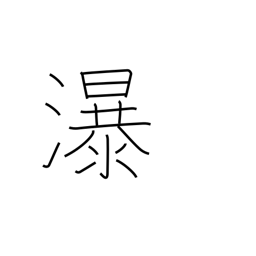
Meaning: waterfall